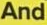
And